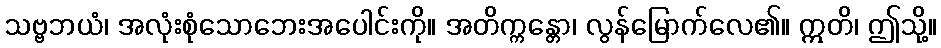
သဗ္ဗဘယံ၊ အလုံးစုံသောဘေးအပေါင်းကို။ အတိက္ကန္တော၊ လွန်မြောက်လေ၏။ ဣတိ၊ ဤသို့။